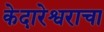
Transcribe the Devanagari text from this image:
केदारेश्वराचा